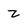
Character: Z